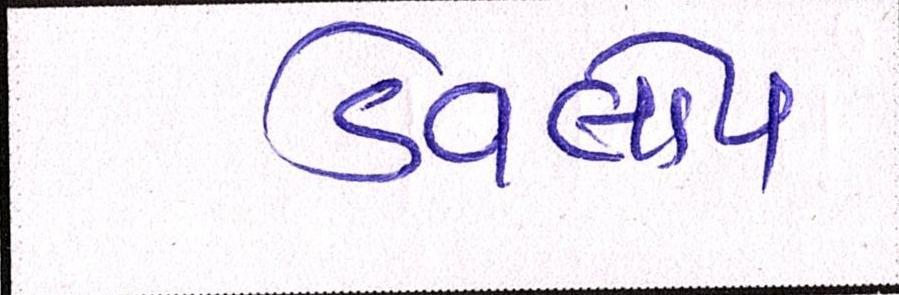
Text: ડેવલોપ